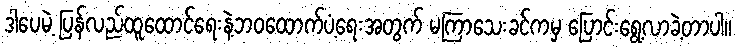
ဒါပေမဲ့ ပြန်လည်ထူထောင်ရေးနဲ့ဘဝထောက်ပံ့ရေးအတွက် မကြာသေးခင်ကမှ ပြောင်းရွေ့လာခဲ့တာပါ။